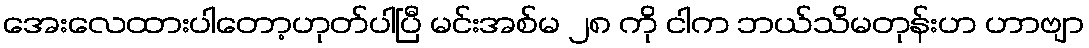
အေးလေထားပါတော့ဟုတ်ပါပြီ မင်းအစ်မ ၂၈ ကို ငါက ဘယ်သိမတုန်းဟ ဟာဗျာ